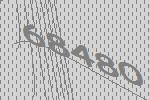
68480